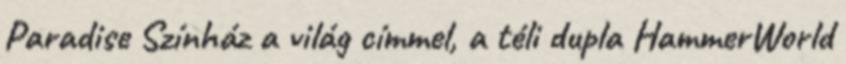
Paradise Színház a világ címmel, a téli dupla HammerWorld